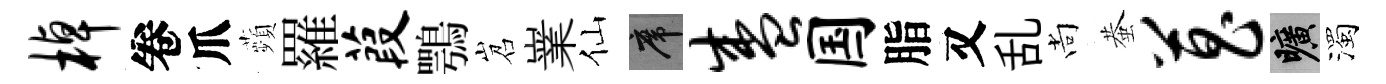
棹卷爪蘋羅葭鶚岧嶪仙席盛国脂又乱尚蛬菖曠濁